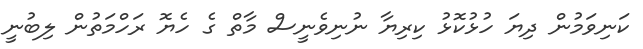
ކަނިވަމުން ދިޔަ ހުޅުކޮޅު ކިރިޔާ ނުނިވެނީސް މާތް ގެ ހެޔޮ ރަހްމަތުން ލިބުނީ